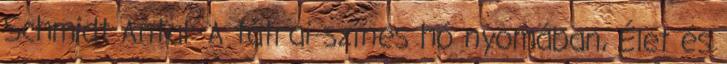
Schmidt Antal: A tátrai színes hó nyomában, Élet és